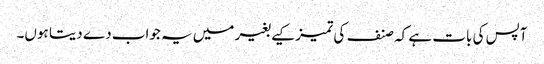
آپس کی بات ہے کہ صنف کی تمیز کیے بغیر میں یہ جواب دے دیتا ہوں۔